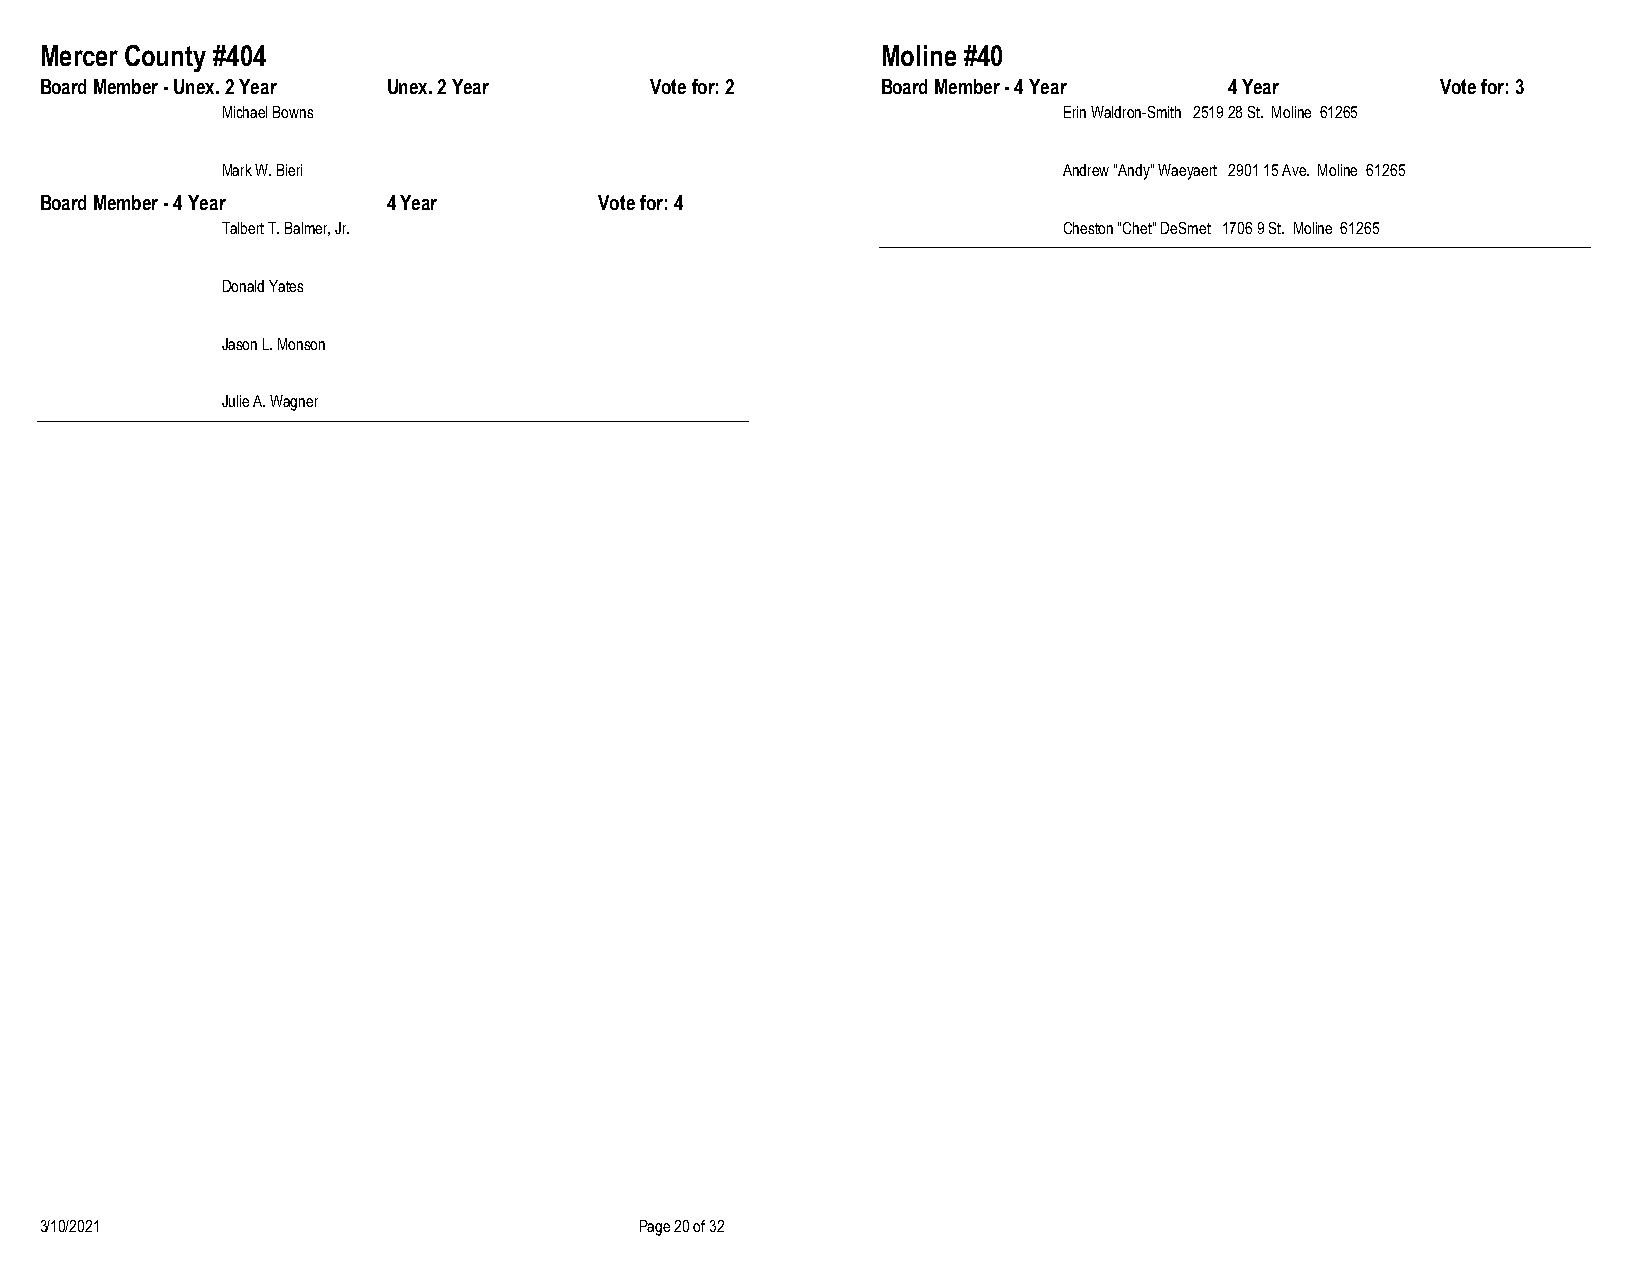
Mercer County #404                                     Moline #40
 Board Member - Unex. 2 Year Unex. 2 Year Vote for: 2   Board Member - 4 Year  4 Year        Vote for: 3
 Michael Bowns                                          Erin Waldron-Smith 2519 28 St. Moline 61265
 Mark W. Bieri                                          Andrew "Andy" Waeyaert 2901 15 Ave. Moline 61265
 Board Member - 4 Year  4 Year        Vote for: 4
 Talbert T. Balmer, Jr.                                 Cheston "Chet" DeSmet 1706 9 St. Moline 61265
 Donald Yates
 Jason L. Monson
 Julie A. Wagner
 3/10/2021                              Page 20 of 32